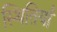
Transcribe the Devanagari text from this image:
स्थितिया॑